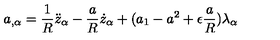
a _ { , \alpha } = \frac { 1 } { R } \ddot { z } _ { \alpha } - \frac { a } { R } \dot { z } _ { \alpha } + ( a _ { 1 } - a ^ { 2 } + \epsilon \frac { a } { R } ) \lambda _ { \alpha }